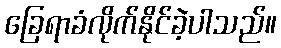
ခြေရာခံလိုက်နိုင်ခဲ့ပါသည်။